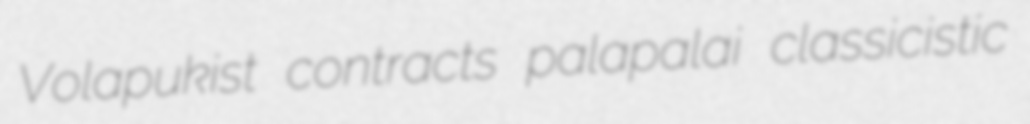
Volapukist contracts palapalai classicistic